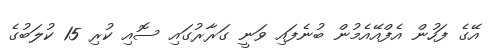
އޭގެ ފަހުން އެފްއޭއެމުން ބުނެފައި ވަނީ ގަރާރުގައި ސޮއި ކުރި 15 ކުލަބުގެ